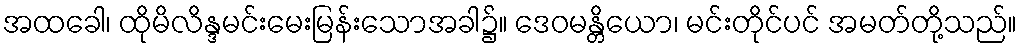
အထခေါ၊ ထိုမိလိန္ဒမင်းမေးမြန်းသောအခါ၌။ ဒေဝမန္တိယော၊ မင်းတိုင်ပင် အမတ်တို့သည်။